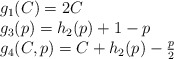
\begin{align*}\begin{array}{lll}&g_1(C)=2C\\&g_3(p)=h_2(p)+1-p\\&g_4(C,p)=C+h_2(p)-\frac{p}{2}\end{array}\end{align*}